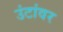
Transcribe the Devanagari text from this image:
उंटांवर